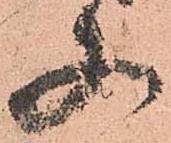
又